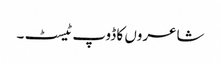
شاعروں کا ڈوپ ٹیسٹ ۔